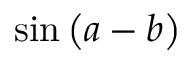
\sin \left( a - b \right)